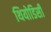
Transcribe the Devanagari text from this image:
थियोडिसी